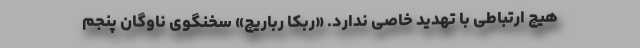
هیچ ارتباطی با تهدید خاصی ندارد. «ربکا رباریچ» سخنگوی ناوگان پنجم